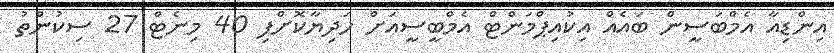
އިންޑިއާ އެމްބަސީން ބައެއް އިކުއިޕްމަންޓް އެމްބީސީއަށް ހަދިޔާކޮށްފި 40 މިނެޓް 27 ސިކުންތު